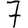
Digit: 7